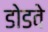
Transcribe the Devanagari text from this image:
डोडवे